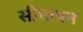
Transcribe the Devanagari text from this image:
सीधापन